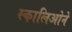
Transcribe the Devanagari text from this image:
स्कालिओने